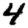
Digit: 4